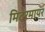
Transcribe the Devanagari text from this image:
मिटरमायर